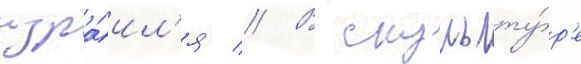
изра́ил'я // В скульпту́р'е